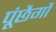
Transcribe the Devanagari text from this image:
पूंछैगौ